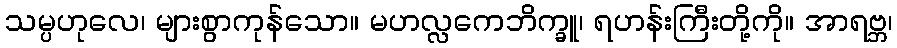
သမ္ပဟုလေ၊ များစွာကုန်သော။ မဟလ္လကေဘိက္ခူ၊ ရဟန်းကြီးတို့ကို။ အာရဗ္ဘ၊